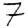
Digit: 7